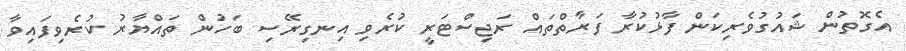
އެގޮތުން ޝައުގުވެރިކަން ފާޅުކުރާ ފަރާތްތައް ރަޖިސްޓަރީ ކުރެވި އިނގިރޭސި ބަހުން ތައްޔާރު ކުރެވިފައިވާ